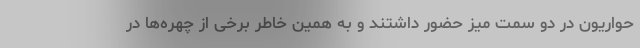
حواریون در دو سمت میز حضور داشتند و به همین خاطر برخی از چهره‌ها در